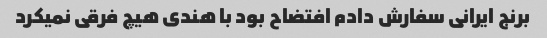
برنج ایرانی سفارش دادم افتضاح بود با هندی هیچ فرقی نمیکرد